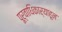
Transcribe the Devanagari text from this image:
पूर्वाधिकार्‍याहून